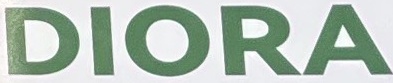
DIORA